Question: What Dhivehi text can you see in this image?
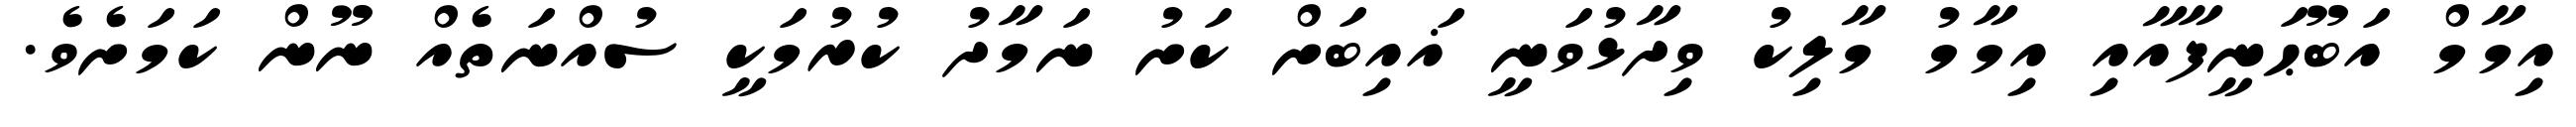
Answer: އިމާމް އަބޫޙަނީފާއާއި އިމާމު މާލިކު ވިދާޅުވަނީ ޣައިބަށް ކަށު ނަމާދު ކުރުމަކީ ސުއްނަތެއް ނޫން ކަމަށެވެ.